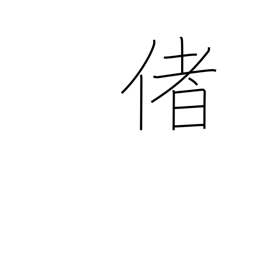
Meaning: well